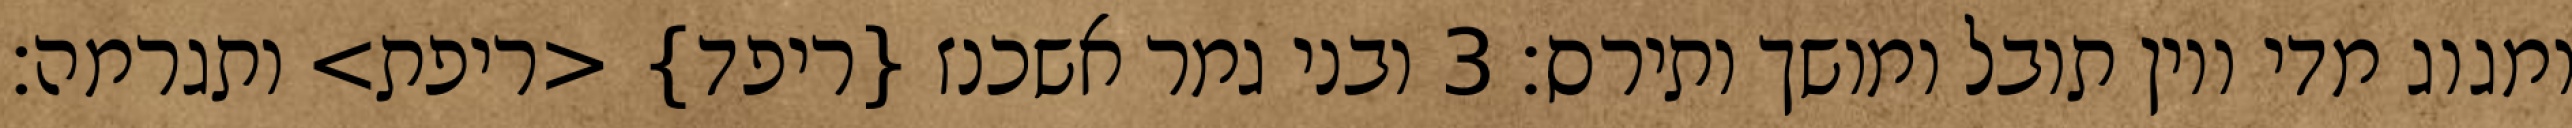
ומגוג מדי ויון תובל ומושך ותירס׃ ‎3‏ ובני גמר אשכנז {ריפד} <ריפת> ותגרמה׃